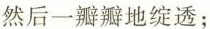
然后一瓣瓣地绽透；